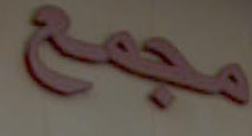
مجمع